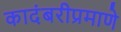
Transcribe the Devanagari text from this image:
कादंबरीप्रमाणे